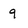
Character: 9